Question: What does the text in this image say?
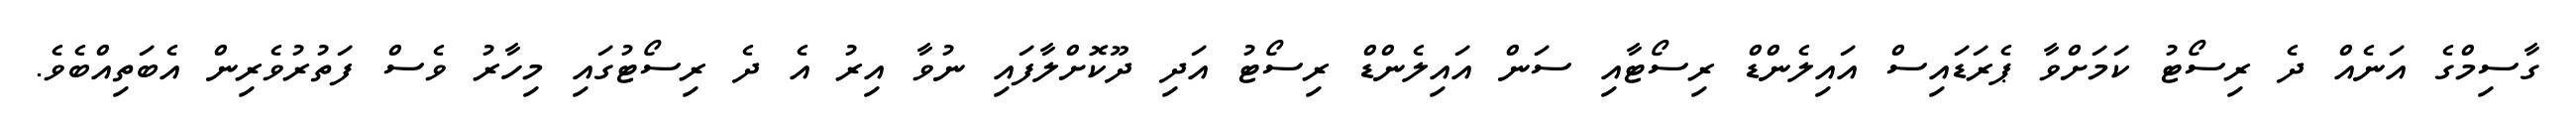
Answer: ގާސިމްގެ އަނެއް ދެ ރިސޯޓު ކަމަށްވާ ޕެރަޑައިސް އައިލެންޑް ރިސޯޓާއި ސަން އައިލެންޑް ރިސޯޓު އަދި ދޫކޮށްލާފައި ނުވާ އިރު އެ ދެ ރިސޯޓުގައި މިހާރު ވެސް ފަތުރުވެރިން އެބަތިއްބެވެ.